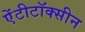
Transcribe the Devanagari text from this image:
ऐंटीटॉक्सीन